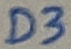
Text: D3